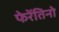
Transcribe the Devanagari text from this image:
फेरेंतिनो